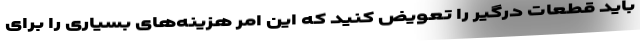
باید قطعات درگیر را تعویض کنید که این امر هزینه‌های بسیاری را برای